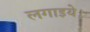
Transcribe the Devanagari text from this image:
लगाइये।